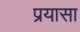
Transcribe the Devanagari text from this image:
प्रयासा